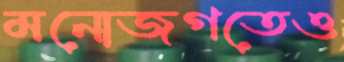
মনোজগতেও